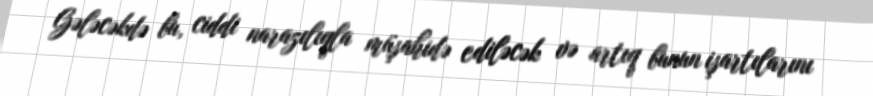
Gələcəkdə bu, ciddi narazılıqla müşahidə ediləcək və artıq bunun işartılarını